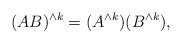
LaTeX: \begin{align*} (AB)^{\wedge k} = (A^{\wedge k})(B^{\wedge k}),\end{align*}